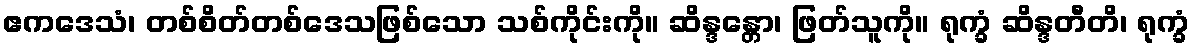
ဧကဒေသံ၊ တစ်စိတ်တစ်ဒေသဖြစ်သော သစ်ကိုင်းကို။ ဆိန္ဒန္တော၊ ဖြတ်သူကို။ ရုက္ခံ ဆိန္ဒတီတိ၊ ရုက္ခံ